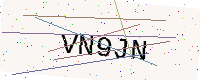
Text: VN9JN